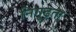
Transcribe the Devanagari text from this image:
निगूढ़ता